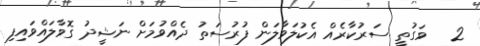
2   ވަގުތީ ސަރުކާރެއް އެކުލަވާލަން ފުރުސަތު ދެއްވުމަށް ނަޝީދު ގޮވާލައްވައިފި